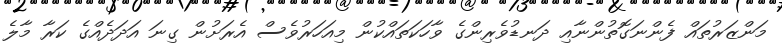
މަންޒަރުތައް ފެންނަގޮތުންނާއި ދަނޑުވެރިންގެ ވާހަކަތައްކުން މިއަހަރުވެސް އެރަށުން ގިނަ އަދަދެއްގެ ކަރާ މާލެ